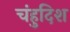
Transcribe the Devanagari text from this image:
चंहुदिश